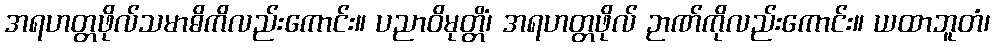
အရဟတ္တဖိုလ်သမာဓိကိလည်းကောင်း။ ပညာဝိမုတ္တိံ၊ အရဟတ္တဖိုလ် ဉာဏ်ကိုလည်းကောင်း။ ယထာဘူတံ၊